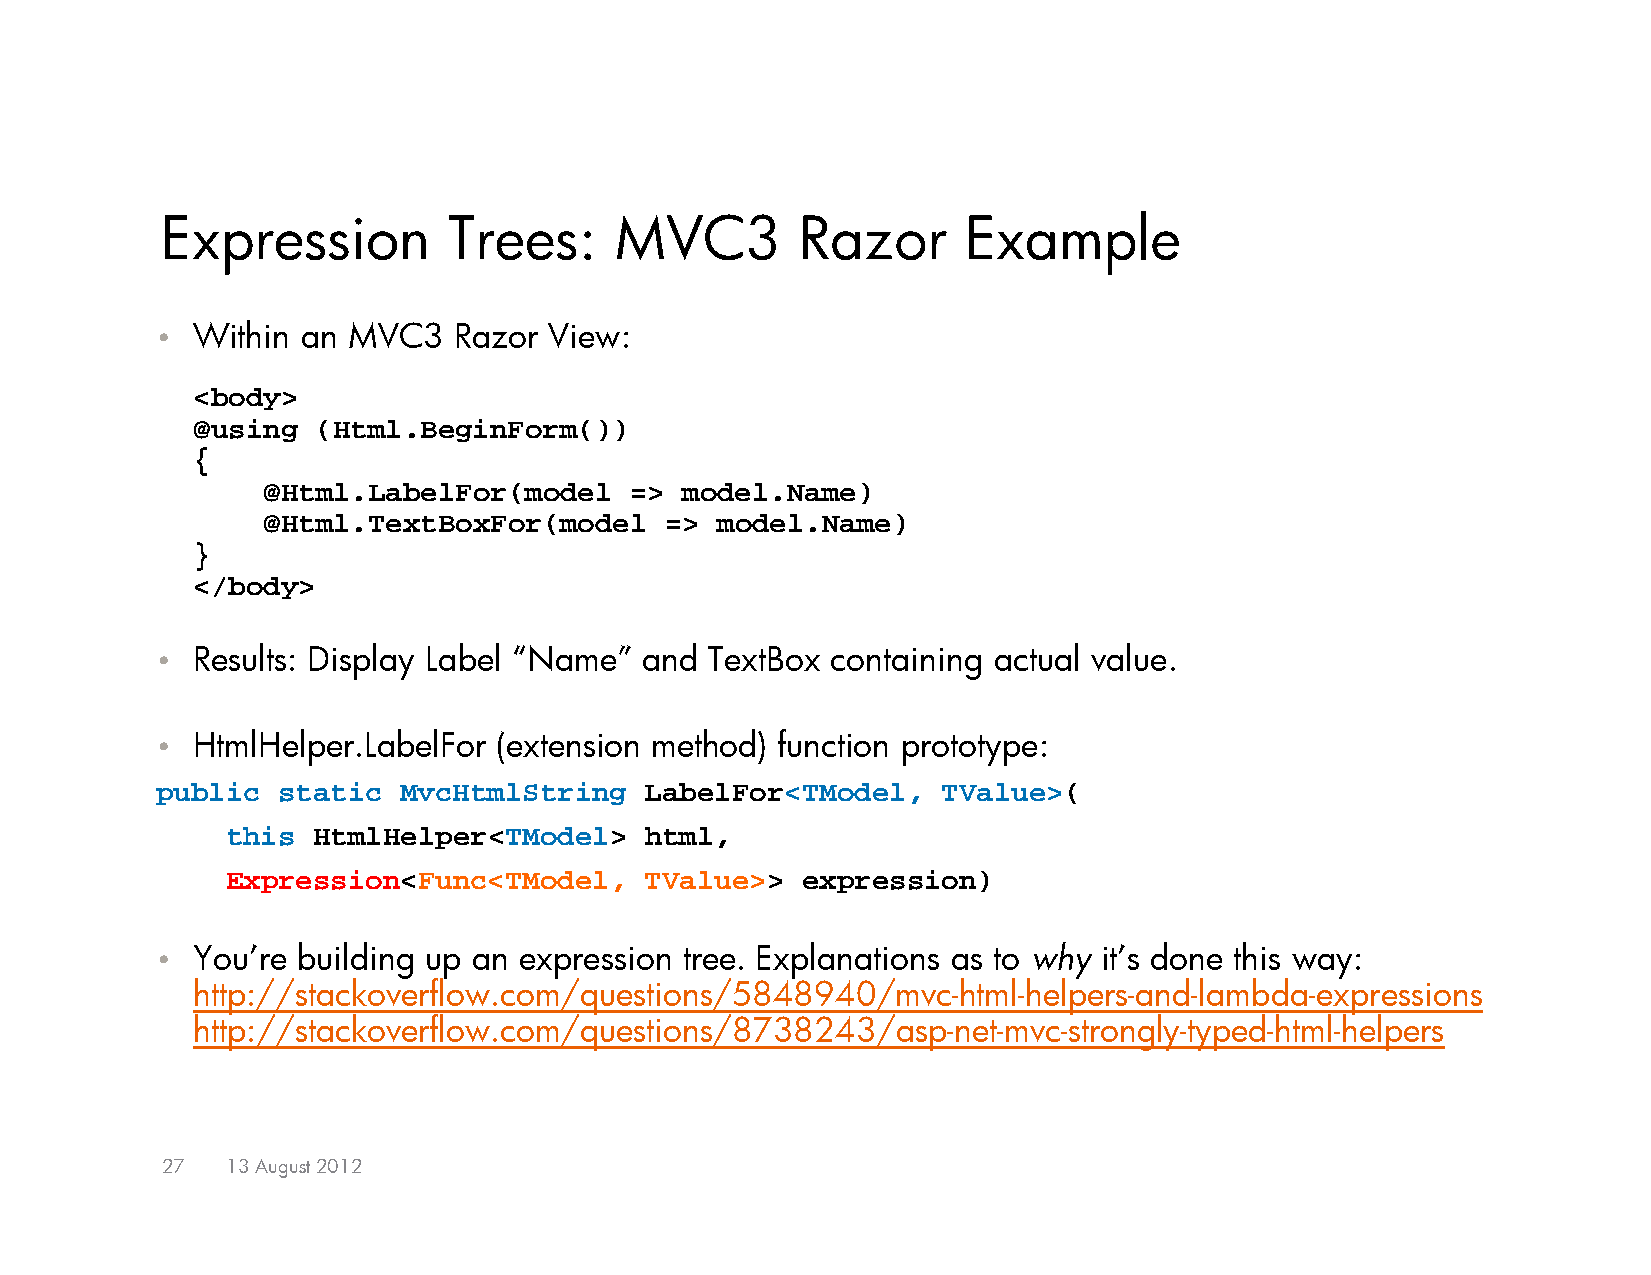
Expression         Trees:     MVC3        Razor      Example
 •  Within an MVC3   Razor View:
 <body>
 @using  (Html.BeginForm())
 {
 @Html.LabelFor(model     => model.Name)
 @Html.TextBoxFor(model     => model.Name)
 }
 </body>
 •  Results: Display Label “Name” and TextBox containing actual value.
 •  HtmlHelper.LabelFor (extension method) function prototype:
 public  static  MvcHtmlString    LabelFor<TModel,   TValue>(
 this  HtmlHelper<TModel>    html,
 Expression<Func<TModel,     TValue>>  expression)
 •  You’re building up an expression tree. Explanations as to why it’s done this way:
 http://stackoverflow.com/questions/5848940/mvc-html-helpers-and-lambda-expressions
 http://stackoverflow.com/questions/8738243/asp-net-mvc-strongly-typed-html-helpers
 27  13 August 2012